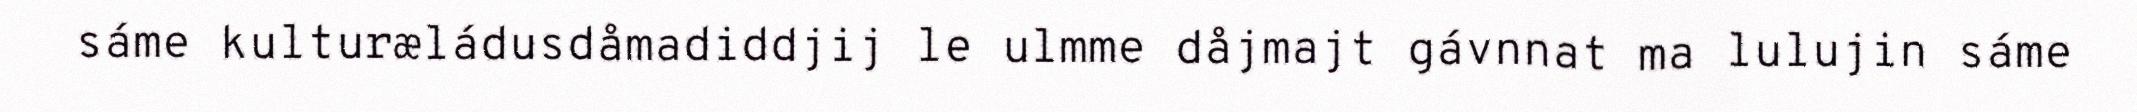
sáme kulturæládusdåmadiddjij le ulmme dåjmajt gávnnat ma lulujin sáme